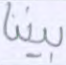
بيننا